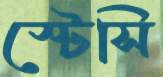
স্টেসি